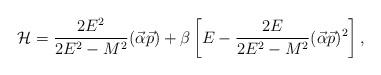
LaTeX: \begin{align*}{\cal H}=\frac{2E^2}{2E^2-M^2}(\vec\alpha\vec p)+\beta \left[E-\frac{2E}{2E^2-M^2}(\vec\alpha\vec p)^2\right ],\end{align*}